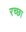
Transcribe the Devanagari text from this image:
रच्‍छा